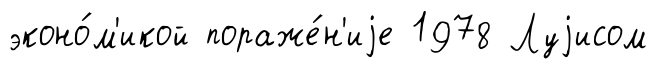
эконо́м'икой пораже́н'иjе 1978 Луjисом